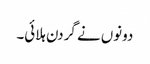
دونوں نے گردن ہلائی۔